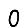
Digit: 0